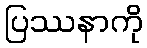
ပြဿနာကို